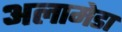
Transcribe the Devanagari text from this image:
अलामेडा